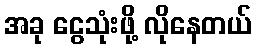
အခု ငွေသုံးဖို့ လိုနေတယ်